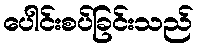
ပေါင်းစပ်ခြင်းသည်